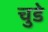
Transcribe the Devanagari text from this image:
चुडे